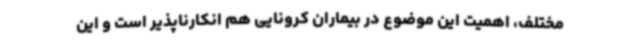
مختلف، اهمیت این موضوع در بیماران کرونایی هم انکارناپذیر است و این